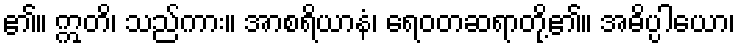
၏။ ဣတိ၊ သည်ကား။ အာစရိယာနံ၊ ရေဝတဆရာတို့၏။ အဓိပ္ပါယော၊